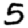
Digit: 5